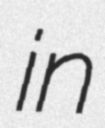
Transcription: in